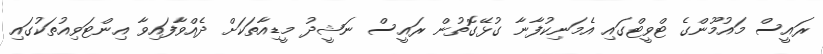
ރައީސް މައުމޫންގެ ޓްވީޓްގައި އެމަނިކުފާނާ ގުޅޭގޮތުން ރައީސް ނަޝީދު މީޑިއާތަކަށް ދެއްވާފައިވާ އިންޓަވިއުތަކުގައި